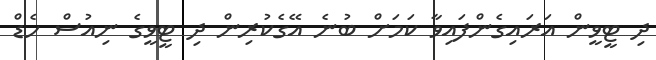
ދި ޓީވީން އަރައިގެންފައިވާ ކަމަށް ބުނެ އޭގެކުރިން ދި ޓީވީގެ ނިއުސް ހެޑް